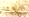
التابعة